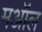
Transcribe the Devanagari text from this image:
मऑल